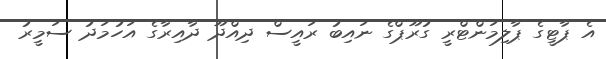
އެ ޕާޓީގެ ޕާލިމަންޓްރީ ގުރޫޕްގެ ނައިބު ރައީސް ދިއްދޫ ދާއިރާގެ އަހުމަދު ސަމީރު